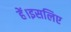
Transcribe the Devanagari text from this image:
हें।इसलिए